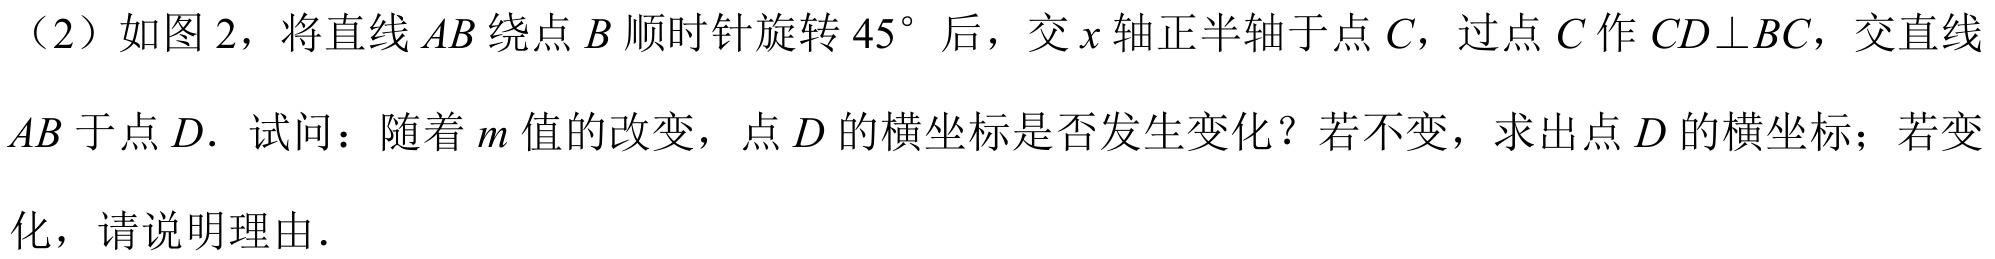
（2）如图 2，将直线 \(AB\) 绕点 \(B\) 顺时针旋转 \(45^{\circ}\) 后，交 \(x\) 轴正半轴于点 \(C\)，过点 \(C\) 作 \(CD\bot BC\)，交直线 \(AB\) 于点 \(D\). 试问：随着 \(m\) 值的改变，点 \(D\) 的横坐标是否发生变化？若不变，求出点 \(D\) 的横坐标；若变
化，请说明理由.